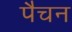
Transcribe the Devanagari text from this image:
पैचन